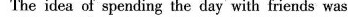
The idea of spending the day with friends was